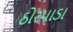
ઠોરપાડા